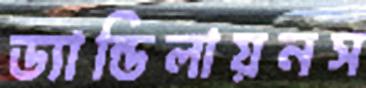
ড্যান্ডিলায়নস